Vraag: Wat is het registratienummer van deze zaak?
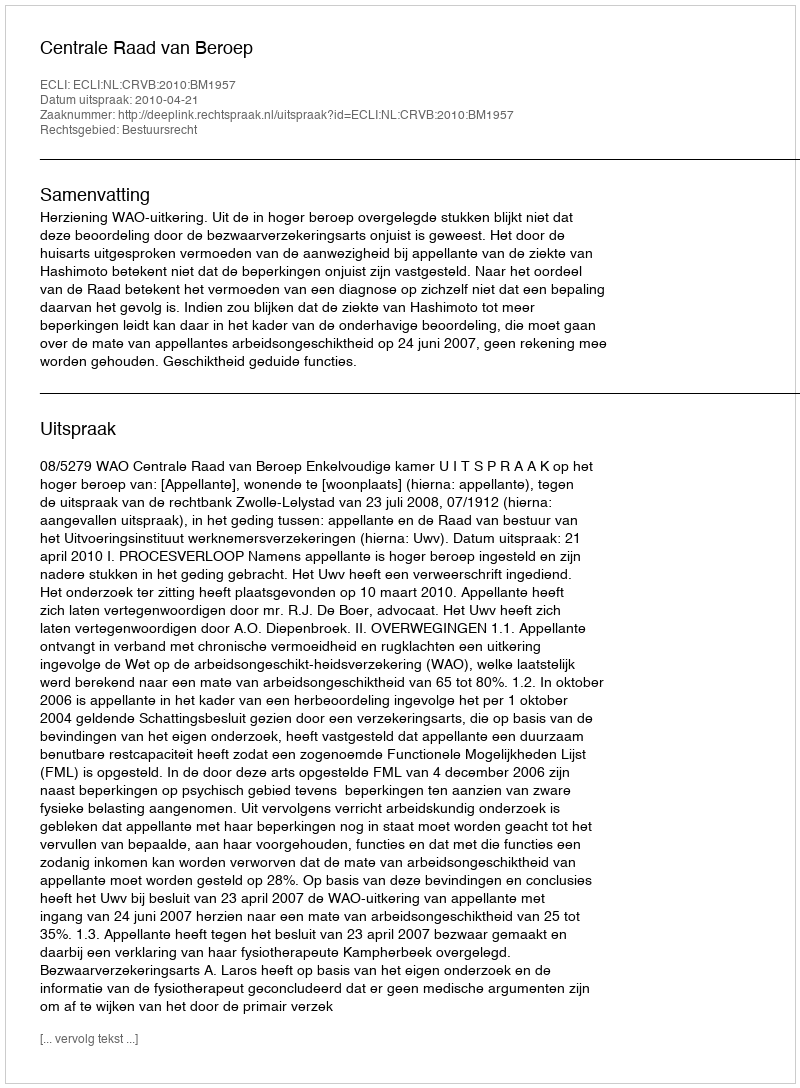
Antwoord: http://deeplink.rechtspraak.nl/uitspraak?id=ECLI:NL:CRVB:2010:BM1957